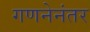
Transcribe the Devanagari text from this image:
गणनेनंतर